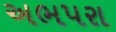
અભપરા